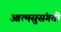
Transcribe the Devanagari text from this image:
आत्मसुसंगती